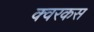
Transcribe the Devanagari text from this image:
क्वरकस